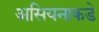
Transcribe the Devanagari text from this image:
असियनाकडे